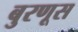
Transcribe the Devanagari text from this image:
बुरणूस